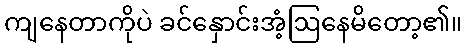
ကျနေတာကိုပဲ ခင်နှောင်းအံ့ဩနေမိတော့၏။